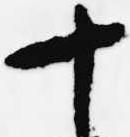
十